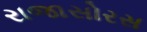
રાજાસોરસ